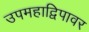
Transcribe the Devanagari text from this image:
उपमहाद्विपावर